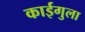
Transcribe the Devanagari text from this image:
काईगुला